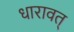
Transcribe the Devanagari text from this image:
धारावत्‌